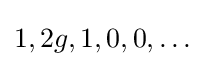
1,2g,1,0,0,\dots